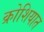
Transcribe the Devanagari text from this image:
क्रोशियात